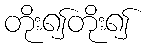
တိုး၍တိုး၍